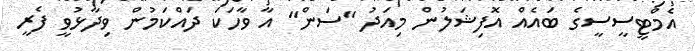
އެމްޓީސީސީގެ ބައެއް އޮފިޝަލުން މިއަދު "ސަން" އާ ވާހަކަ ދައްކަމުން ވިދާޅުވީ ފެރީ